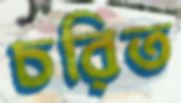
চরিত